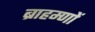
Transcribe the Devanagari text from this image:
ब्राहम्‍णों